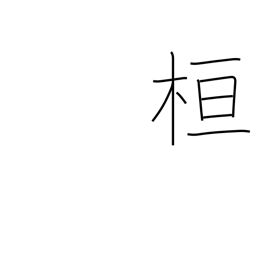
Meaning: marking post